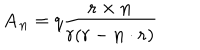
LaTeX: { \mathbf A } _ { \mathbf n } = q \frac { { \mathbf r } \times { \mathbf n } } { r ( r - { \mathbf n } \cdot { \mathbf r } ) }